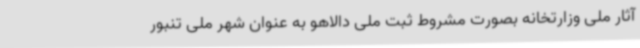
آثار ملی وزارتخانه بصورت مشروط ثبت ملی دالاهو به عنوان شهر ملی تنبور